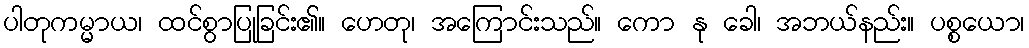
ပါတုကမ္မာယ၊ ထင်စွာပြုခြင်း၏။ ဟေတု၊ အကြောင်းသည်။ ကော နု ခေါ၊ အဘယ်နည်း။ ပစ္စယော၊